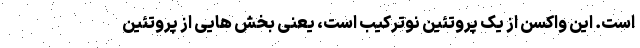
است. این واکسن از یک پروتئین نوترکیب است، یعنی بخش هایی از پروتئین